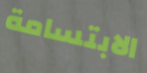
الابتسامة